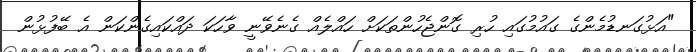
"އަޅުގަނޑުމެންގެ ގައުމުގައި ހުރި ގޮންޖެހުންތަކަށް ހައްލެއް ގެނެވޭނީ ވާހަކަ ދައްކައިގެންކަން އެ ބޭފުޅުން